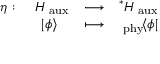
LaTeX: \begin{array} { c c c c } { { \eta : } } & { { \ { \cal H } _ { \mathrm { \tiny ~ a u x } } } } & { { \longrightarrow } } & { { ^ * { \cal H } _ { \mathrm { \tiny ~ a u x } } } } \\ { { } } & { { | \phi \rangle } } & { { \longmapsto } } & { { _ { \mathrm { \tiny ~ p h y } } \! \langle \phi | } } \end{array}